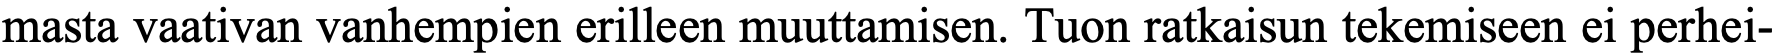
masta vaativan vanhempien erilleen muuttamisen. Tuon ratkaisun tekemiseen ei perhei-